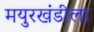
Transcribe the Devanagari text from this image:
मयुरखंडीला